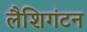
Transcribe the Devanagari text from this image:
लैशिगंटन